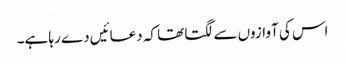
اس کی آوازوں سے لگتا تھا کہ دعائیں دے رہا ہے۔